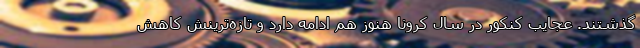
گذشتند. عجایب کنکور در سال کرونا هنوز هم ادامه دارد و تازه‌ترینش کاهش